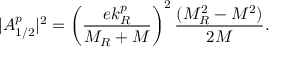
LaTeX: | A _ { 1 / 2 } ^ { p } | ^ { 2 } = \left( \frac { e k _ { R } ^ { p } } { M _ { R } + M } \right) ^ { 2 } \frac { ( M _ { R } ^ { 2 } - M ^ { 2 } ) } { 2 M } .